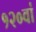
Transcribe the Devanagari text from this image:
१२०वां